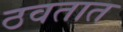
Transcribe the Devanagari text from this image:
ठवतात